Leningradi_Edasi_toimetus, lk 14
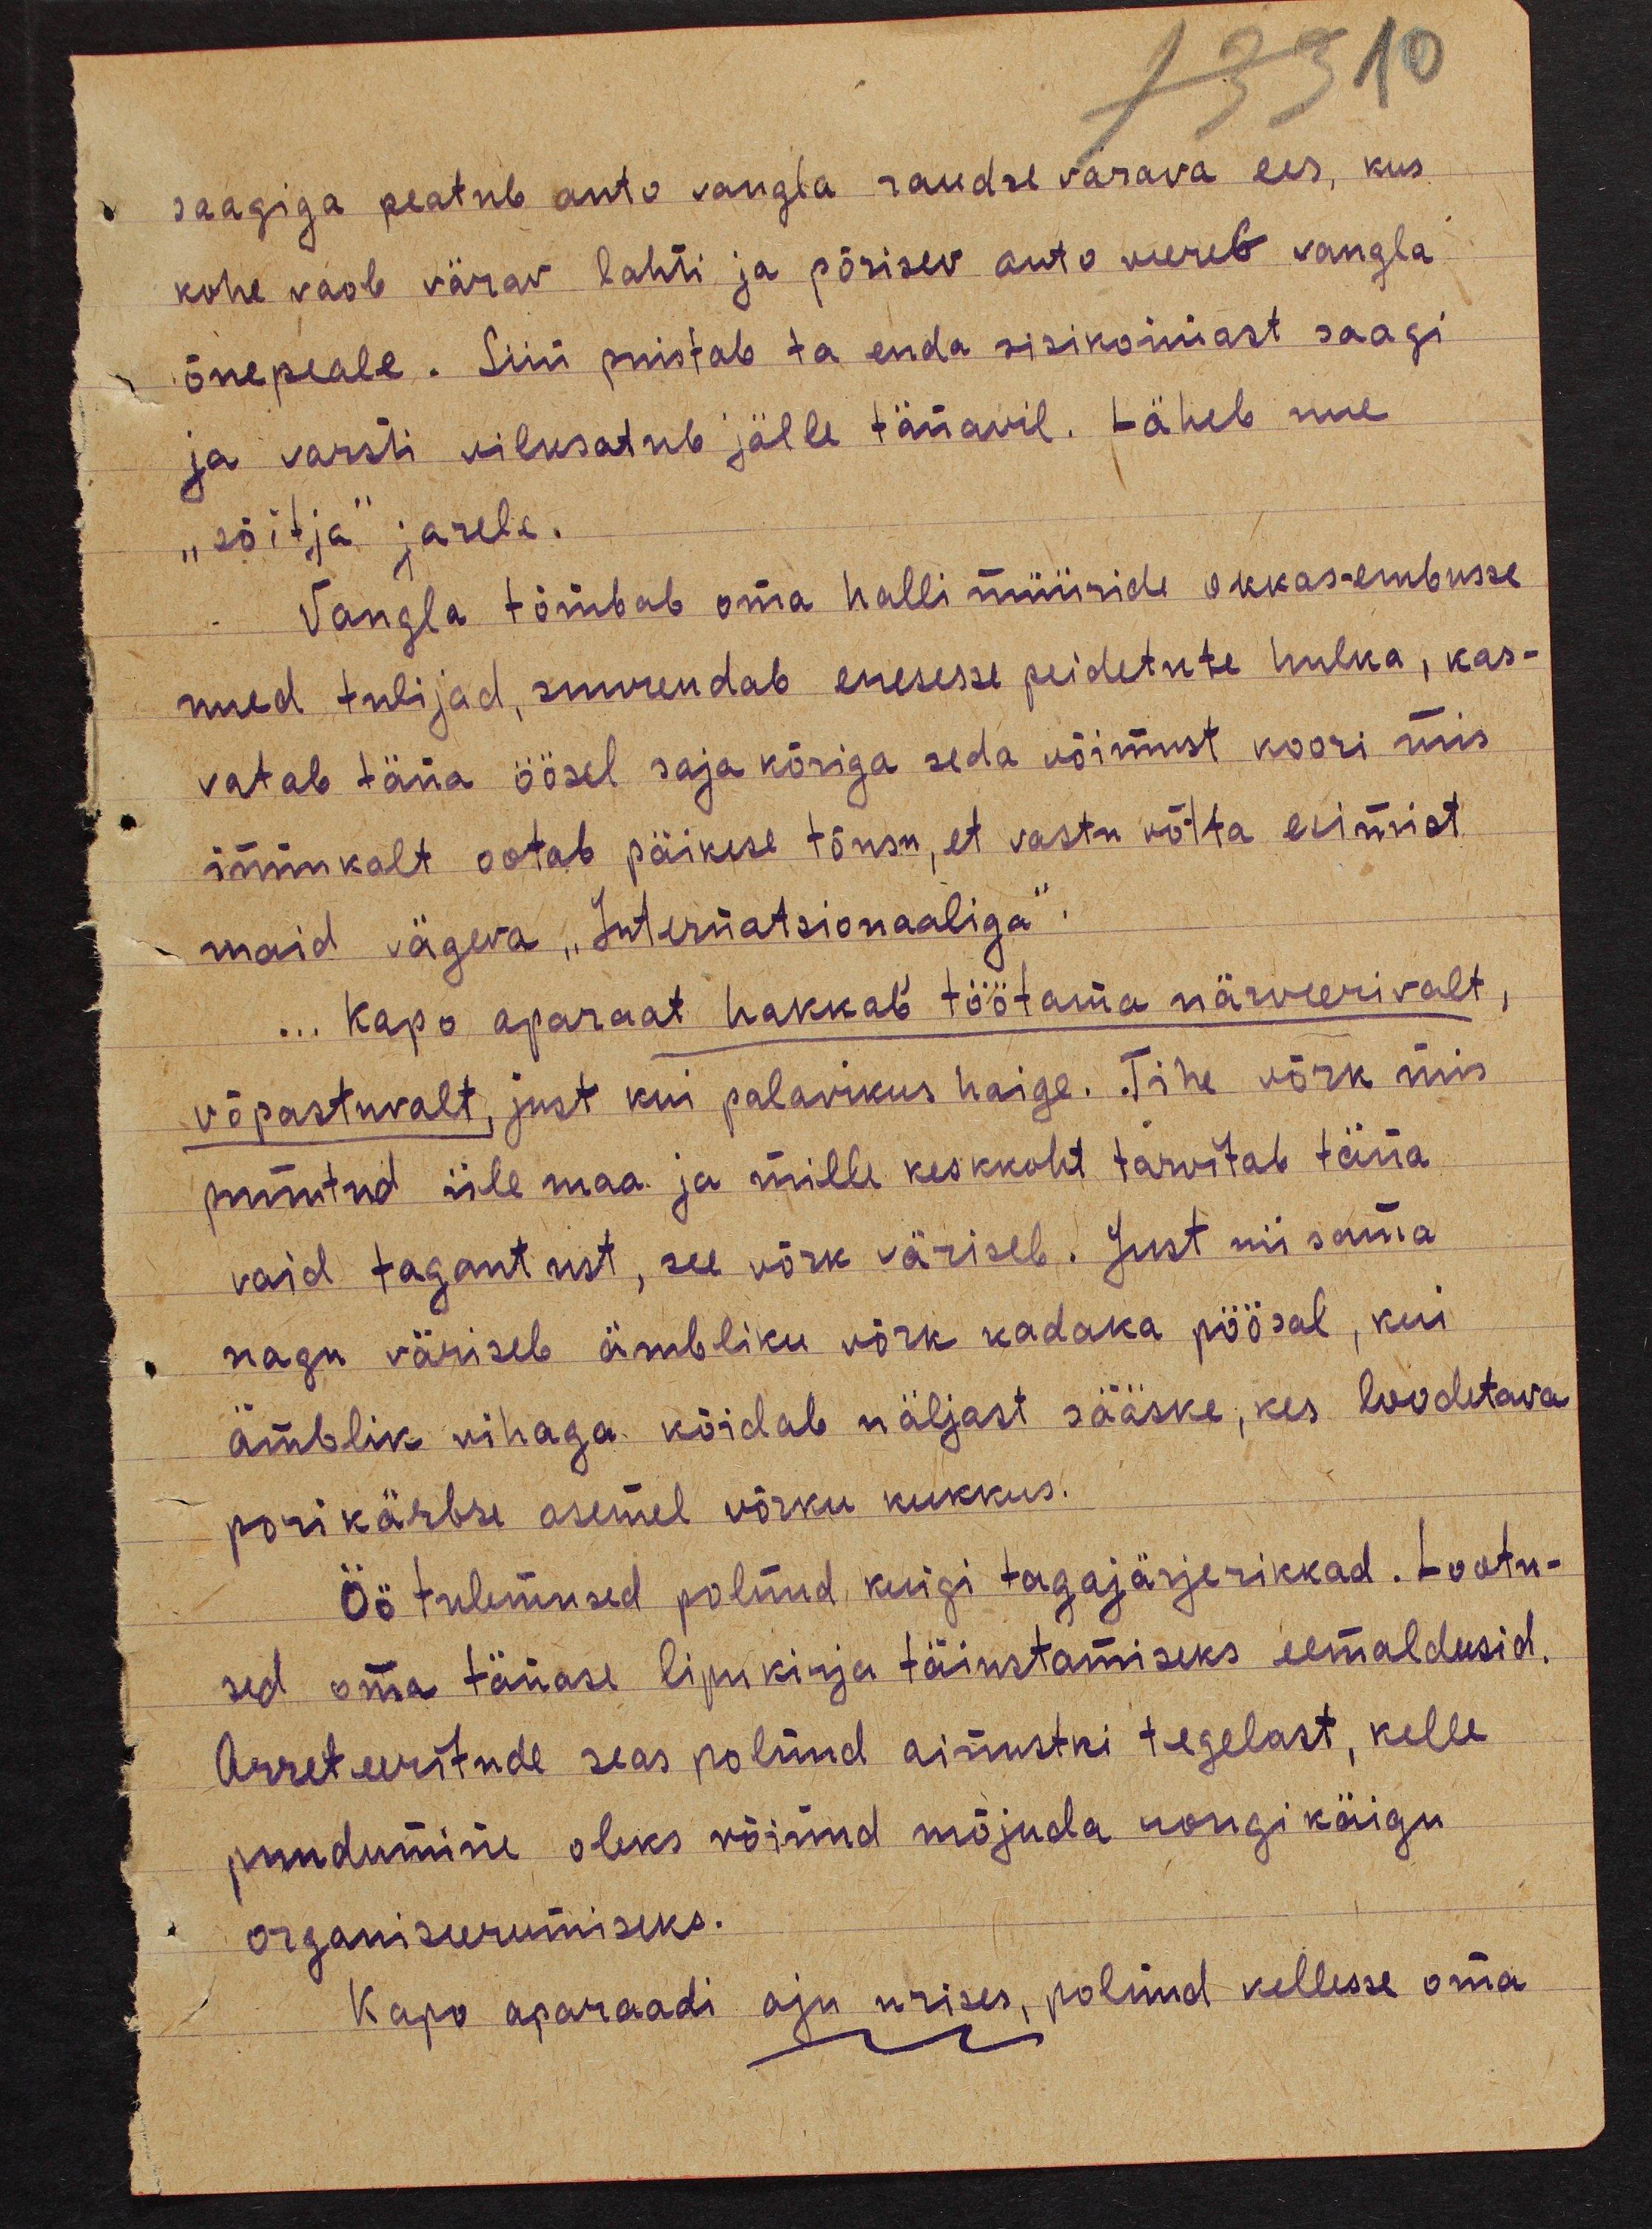
saagiga peatub auto vangla raudse värava ees, kus
kohe vaob värav lahti ja põrisev auto veereb vangla
õuepeale. Siin puistab ta enda sisikonnast saagi
ja varsti vilksatub jälle tänavil. Läheb me
"sõitja" jarele.
Vangla tõmbab oma halli müüride okkas-embusse
uued tulijad, suurendab enesesse peidetute hulka, kas-
vatab täna öösel saja kõriga seda võimust koori mis
innukalt ootab päikese tõusu, et vastu võtta esimist
maid vägeva "Internatsionaaliga".
... Kapo aparaat hakkab töötama närveerivalt
võpastuvalt, just kui palavikus haige. „Tihe võrk mis
punutud üle maa ja mille keskkoht tarvitab täna
vaid tagantust, see võrk väriseb. Just nii sama
nagu väriseb ämbliku võrk kadaka pöösal, kui
ämblik vihaga köidab näljast sääske, kes loodetava
porikärbse asemel võrku kukkus.
Öö tulemused polnud kuigi tagajärjerikkad. Lootu-
sed oma tänase lipukirja täiustamiseks eemaldusid.
Arreteeritude seas polnud ainustki tegelast, kelle
puudumine oleks võinud mõjuda rongikäigu
organiseerumiseks.
Kapo aparaadi aju urises, polnud kellesse oma